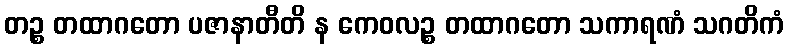
တဉ္စ တထာဂတော ပဇာနာတီတိ န ကေဝလဉ္စ တထာဂတော သကာရဏံ သဂတိကံ